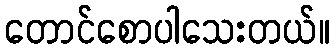
တောင်စောပါသေးတယ်။